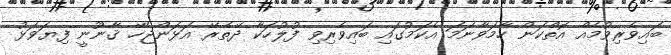
ބައިވެރިވުމެއް އޮތްކަން ހާމަވާނަމަ އެކަމުގައި ބައިވެރިވި ފުލުހަކާ ދޭތެރޭ އަޅަންޖެހޭ ޤާނޫނީ ފިޔަވަޅު